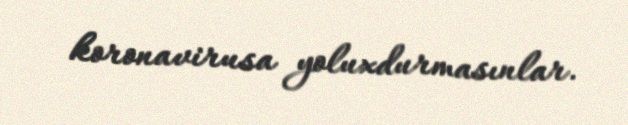
koronavirusa yoluxdurmasınlar.